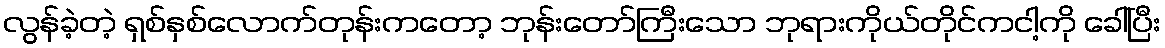
လွန်ခဲ့တဲ့ ရှစ်နှစ်လောက်တုန်းကတော့ ဘုန်းတော်ကြီးသော ဘုရားကိုယ်တိုင်ကငါ့ကို ခေါ်ပြီး